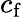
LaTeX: c_{\mathrm{f}}